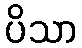
ပိသာ